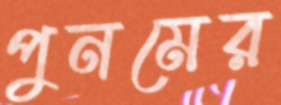
পুনমের